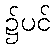
၌ပင်